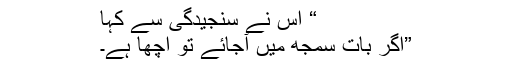
“ اس نے سنجیدگی سے کہا
”اگر بات سمجھ میں آجائے تو اچھا ہے۔